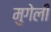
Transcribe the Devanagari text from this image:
मुगेली